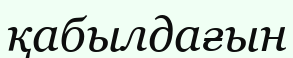
қабылдағын